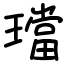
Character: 璫